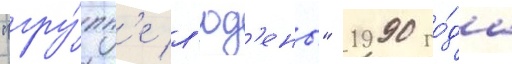
"гру́пп'е л'юд'ены" 1990 го́да